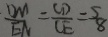
\frac { C N } { E N } = \frac { C D } { C E } = \frac { 5 } { 8 }